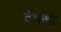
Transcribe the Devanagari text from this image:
टेपरूट